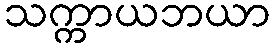
သက္ကာယဘယာ